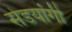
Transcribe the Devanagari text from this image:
सेडयांगी